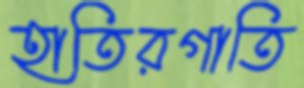
হাতিরগাতি